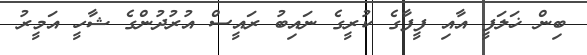
ބިން ޚަލަފީ އާއި ފީފާގެ ކުރީގެ ނައިބު ރައީސް އުރުދުންގެ ޝާހީ އަމީރު